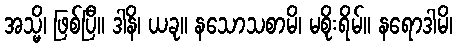
အသ္မိ၊ ဖြစ်ပြီ။ ဒါနိ၊ ယခု။ နသောသစာမိ၊ မစိုးရိမ်။ နရောဒါမိ၊